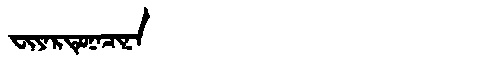
Manchu: ᠸᡳᠶᠠᡵᡨᡠᠨᠠᠴᡳᠨᠠ
Romanization: FIYARTUNACINA